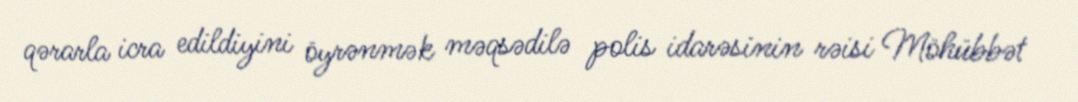
qərarla icra edildiyini öyrənmək məqsədilə polis idarəsinin rəisi Möhübbət